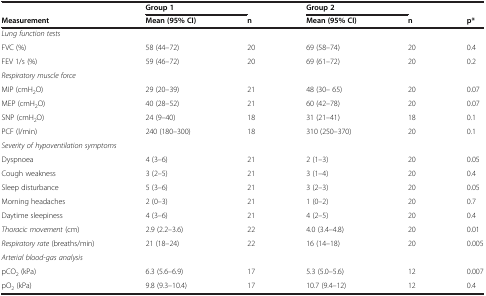
<table><thead><tr><td><b> </b></td><td><b>Group 1</b></td><td><b> </b></td><td><b>Group 2</b></td><td><b> </b></td><td><b> </b></td></tr></thead><tbody><tr><td><b>Measurement</b></td><td><b>Mean (95% CI)</b></td><td><b>n</b></td><td><b>Mean (95% CI)</b></td><td><b>n</b></td><td><b>p*</b></td></tr><tr><td colspan="2"><i>Lung function tests</i></td><td> </td><td> </td><td> </td><td> </td></tr><tr><td>FVC (%)</td><td>58 (44–72)</td><td>20</td><td>69 (58–74)</td><td>20</td><td>0.4</td></tr><tr><td>FEV 1/s (%)</td><td>59 (46–72)</td><td>20</td><td>69 (61–72)</td><td>20</td><td>0.2</td></tr><tr><td colspan="2"><i>Respiratory muscle force</i></td><td> </td><td> </td><td> </td><td> </td></tr><tr><td>MIP (cmH<sub>2</sub>O)</td><td>29 (20–39)</td><td>21</td><td>48 (30– 65)</td><td>20</td><td>0.07</td></tr><tr><td>MEP (cmH<sub>2</sub>O)</td><td>40 (28–52)</td><td>21</td><td>60 (42–78)</td><td>20</td><td>0.07</td></tr><tr><td>SNP (cmH<sub>2</sub>O)</td><td>24 (9–40)</td><td>18</td><td>31 (21–41)</td><td>18</td><td>0.1</td></tr><tr><td>PCF (l/min)</td><td>240 (180–300)</td><td>18</td><td>310 (250–370)</td><td>20</td><td>0.1</td></tr><tr><td colspan="3"><i>Severity of hypoventilation symptoms</i></td><td> </td><td> </td><td> </td></tr><tr><td>Dyspnoea</td><td>4 (3–6)</td><td>21</td><td>2 (1–3)</td><td>20</td><td>0.05</td></tr><tr><td>Cough weakness</td><td>3 (2–5)</td><td>21</td><td>3 (1–4)</td><td>20</td><td>0.4</td></tr><tr><td>Sleep disturbance</td><td>5 (3–6)</td><td>21</td><td>3 (2–3)</td><td>20</td><td>0.05</td></tr><tr><td>Morning headaches</td><td>2 (0–3)</td><td>21</td><td>1 (0–2)</td><td>20</td><td>0.7</td></tr><tr><td>Daytime sleepiness</td><td>4 (3–6)</td><td>21</td><td>4 (2–5)</td><td>20</td><td>0.4</td></tr><tr><td><i>Thoracic movement</i> (cm)</td><td>2.9 (2.2–3.6)</td><td>22</td><td>4.0 (3.4–4.8)</td><td>20</td><td>0.01</td></tr><tr><td><i>Respiratory rate</i> (breaths/min)</td><td>21 (18–24)</td><td>22</td><td>16 (14–18)</td><td>20</td><td>0.005</td></tr><tr><td colspan="2"><i>Arterial blood-gas analysis</i></td><td> </td><td> </td><td> </td><td> </td></tr><tr><td>pCO<sub>2</sub> (kPa)</td><td>6.3 (5.6–6.9)</td><td>17</td><td>5.3 (5.0–5.6)</td><td>12</td><td>0.007</td></tr><tr><td>pO<sub>2</sub> (kPa)</td><td>9.8 (9.3–10.4)</td><td>17</td><td>10.7 (9.4–12)</td><td>12</td><td>0.4</td></tr></tbody></table>